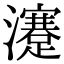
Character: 瀽